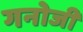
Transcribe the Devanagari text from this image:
गनोजी